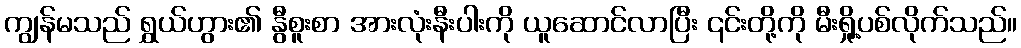
ကျွန်မသည် ရွှယ်ဟွား၏ နွီစူးစာ အားလုံးနီးပါးကို ယူဆောင်လာပြီး ၎င်းတို့ကို မီးရှို့ပစ်လိုက်သည်။